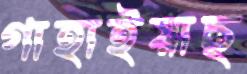
গাহাইয়াছ